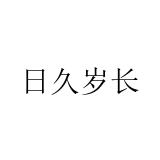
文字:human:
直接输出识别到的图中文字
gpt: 日久岁长